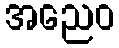
အညေဝ